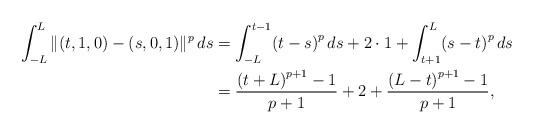
LaTeX: \begin{align*} \int_{-L}^L \Vert (t,1,0) - (s,0,1) \Vert^p \,ds &= \int _{-L}^{t-1}\! \left( t-s \right)^{p}{ds} +2\cdot 1 +\int _{t+1}^{L}\! \left( s-t \right)^{p}{ds} \\ &= \frac { \left( t+L \right)^{p+1}-1}{p+1} +2 + \frac {\left( L-t \right)^{p+1}-1 }{p+1}, \end{align*}